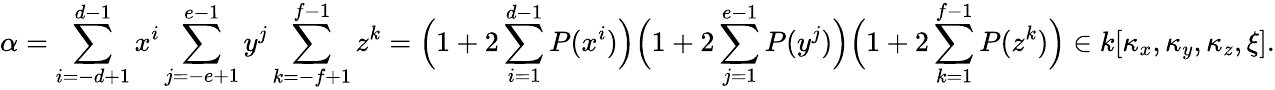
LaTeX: \alpha=\sum_{i=-d+1}^{d-1}x^{i}\sum_{j=-e+1}^{e-1}y^{j}\sum_{k=-f+1}^{f-1}z^{k}=\Big(1+2\sum_{i=1}^{d-1}P(x^{i})\Big)\Big(1+2\sum_{j=1}^{e-1}P(y^{j})\Big)\Big(1+2\sum_{k=1}^{f-1}P(z^{k})\Big)\in k[\kappa_{x},\kappa_{y},\kappa_{z},\xi].